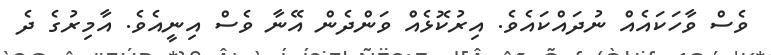
ވެސް ވާހަކައެއް ނުދައްކައެވެ. އިރުކޮޅެއް ވަންދެން އޭނާ ވެސް އިނީއެވެ. އާމިރުގެ ދެ